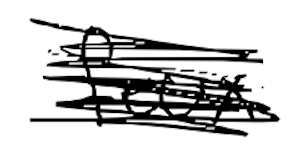
Text: feux
Cross-out: scratch
Writing tool: digital_black